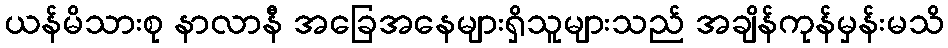
ယန်မိသားစု နာလာနီ အခြေအနေများရှိသူများသည် အချိန်ကုန်မှန်းမသိ